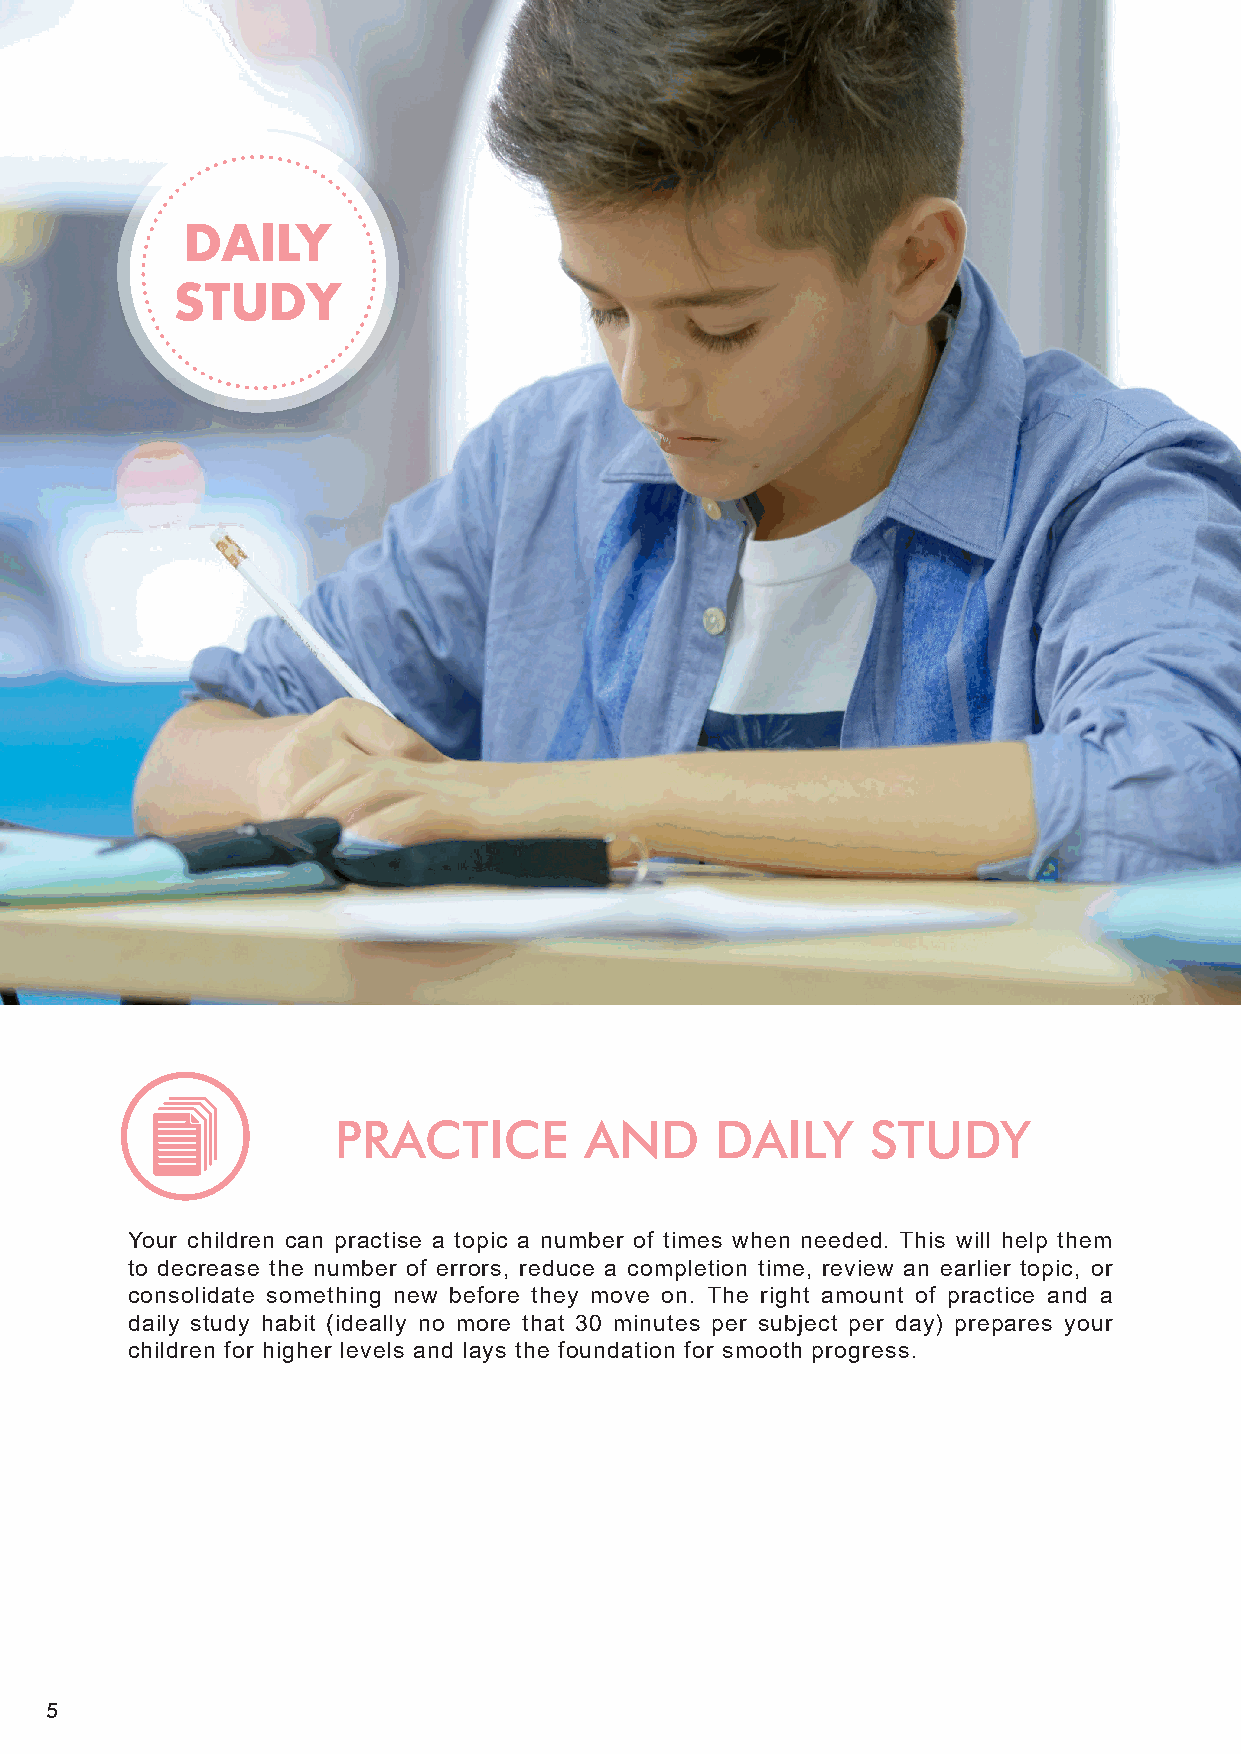
PRACTICE         AND     DAILY      STUDY
 Your children can practise a topic a number of times when needed. This will help them
 to decrease the number of errors, reduce a completion time, review an earlier topic, or
 consolidate something new before they move on. The right amount of practice and a
 daily study habit (ideally no more that 30 minutes per subject per day) prepares your
 children for higher levels and lays the foundation for smooth progress.
 5